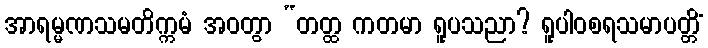
အာရမ္မဏသမတိက္ကမံ အဝတွာ “တတ္ထ ကတမာ ရူပသညာ? ရူပါဝစရသမာပတ္တိံ